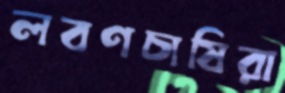
লবণচাষিরা